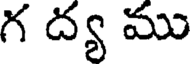
గ ద్య ము